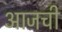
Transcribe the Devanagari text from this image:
अाजची